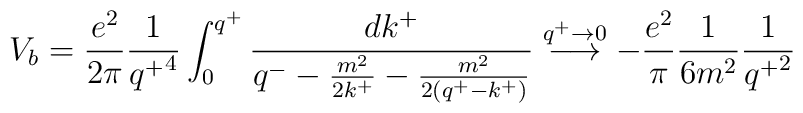
V_b = \frac{e^2}{2\pi}\frac{1}{{q^+}^4}\int_0^{q^+} \frac{dk^+}{q^- - \frac{m^2}{2k^+} - \frac{m^2}{2(q^+-k^+)}}\stackrel{q^+\rightarrow 0}{\longrightarrow}- \frac{e^2}{\pi}\frac{1}{6m^2}\frac{1}{{q^+}^2}